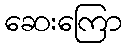
ဆေးကြော